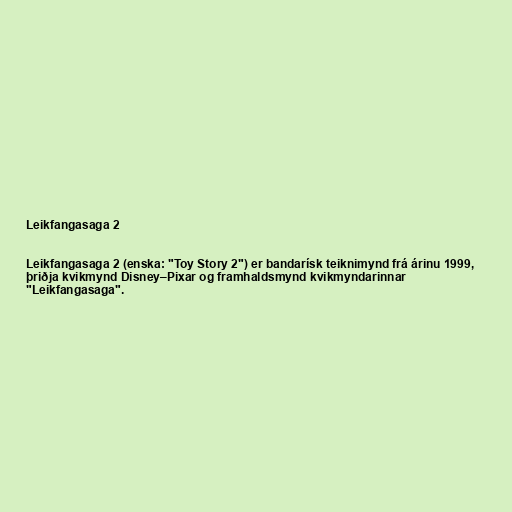
Leikfangasaga 2

Leikfangasaga 2 (enska: "Toy Story 2") er bandarísk teiknimynd frá árinu 1999,
þriðja kvikmynd Disney–Pixar og framhaldsmynd kvikmyndarinnar
"Leikfangasaga".